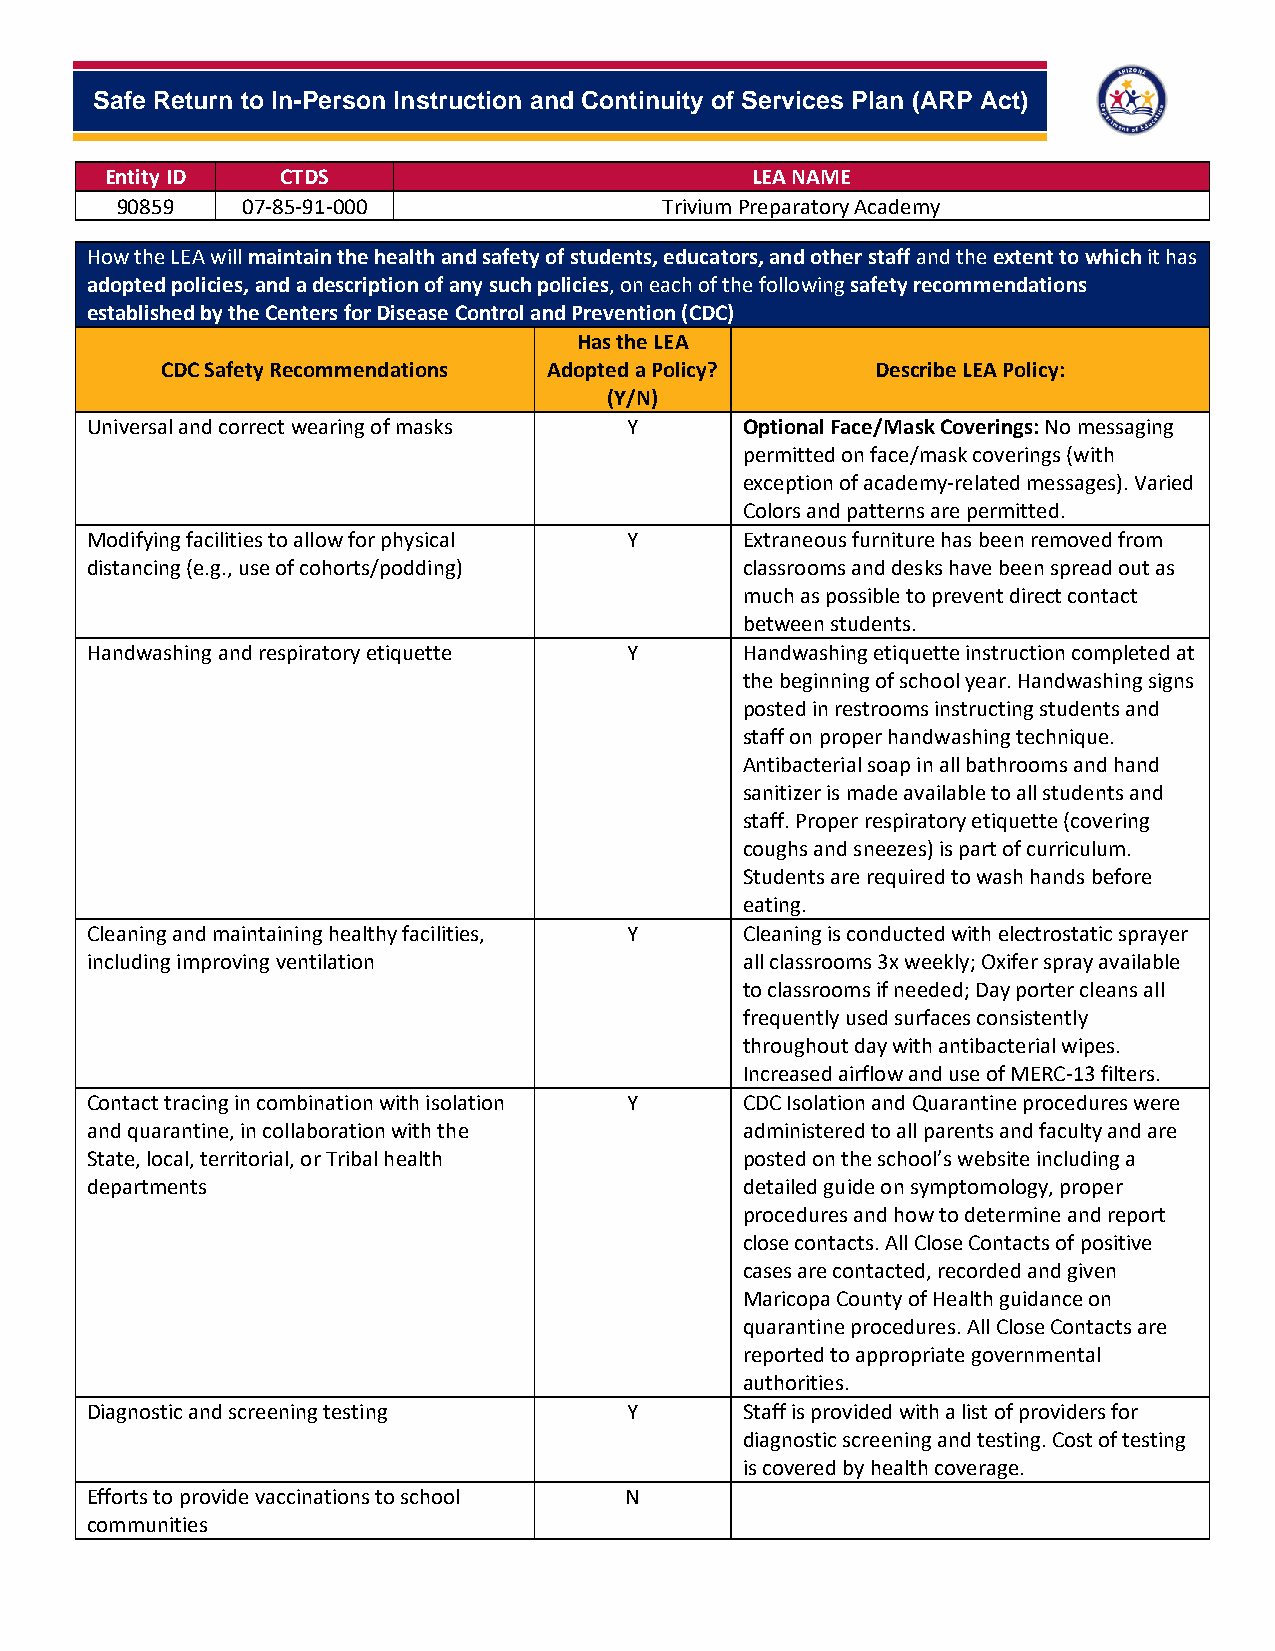
-
 Safe Return to In-Person Instruction and Continuity of Services Plan (ARP Act)
 Entity ID   CTDS                           LEA NAME
 90859   07-85-91-000                Trivium Preparatory Academy
 How the LEA will maintain the health and safety of students, educators, and other staff and the extent to which it has
 adopted policies, and a description of any such policies, on each of the following safety recommendations
 established by the Centers for Disease Control and Prevention (CDC)
 Has the LEA
 CDC Safety Recommendations Adopted a Policy?   Describe LEA Policy:
 (Y/N)
 Universal and correct wearing of masks Y   Optional Face/Mask Coverings: No messaging
 permitted on face/mask coverings (with
 exception of academy-related messages). Varied
 Colors and patterns are permitted.
 Modifying facilities to allow for physical Y Extraneous furniture has been removed from
 distancing (e.g., use of cohorts/podding)  classrooms and desks have been spread out as
 much as possible to prevent direct contact
 between students.
 Handwashing and respiratory etiquette Y    Handwashing etiquette instruction completed at
 the beginning of school year. Handwashing signs
 posted in restrooms instructing students and
 staff on proper handwashing technique.
 Antibacterial soap in all bathrooms and hand
 sanitizer is made available to all students and
 staff. Proper respiratory etiquette (covering
 coughs and sneezes) is part of curriculum.
 Students are required to wash hands before
 eating.
 Cleaning and maintaining healthy facilities, Y Cleaning is conducted with electrostatic sprayer
 including improving ventilation            all classrooms 3x weekly; Oxifer spray available
 to classrooms if needed; Day porter cleans all
 frequently used surfaces consistently
 throughout day with antibacterial wipes.
 Increased airflow and use of MERC-13 filters.
 Contact tracing in combination with isolation Y CDC Isolation and Quarantine procedures were
 and quarantine, in collaboration with the  administered to all parents and faculty and are
 State, local, territorial, or Tribal health posted on the school’s website including a
 departments                                detailed guide on symptomology, proper
 procedures and how to determine and report
 close contacts. All Close Contacts of positive
 cases are contacted, recorded and given
 Maricopa County of Health guidance on
 quarantine procedures. All Close Contacts are
 reported to appropriate governmental
 authorities.
 Diagnostic and screening testing    Y      Staff is provided with a list of providers for
 diagnostic screening and testing. Cost of testing
 is covered by health coverage.
 Efforts to provide vaccinations to school N
 communities